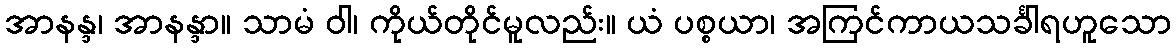
အာနန္ဒ၊ အာနန္ဒာ။ သာမံ ဝါ၊ ကိုယ်တိုင်မူလည်း။ ယံ ပစ္စယာ၊ အကြင်ကာယသင်္ခါရဟူသော